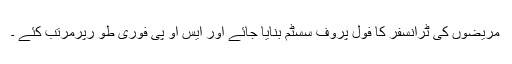
مریضوں کی ٹرانسفر کا فول پروف سسٹم بنایا جائے اور ایس او پی فوری طو رپرمرتب کئے ۔